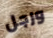
ورجل